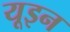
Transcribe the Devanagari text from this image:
यूइन